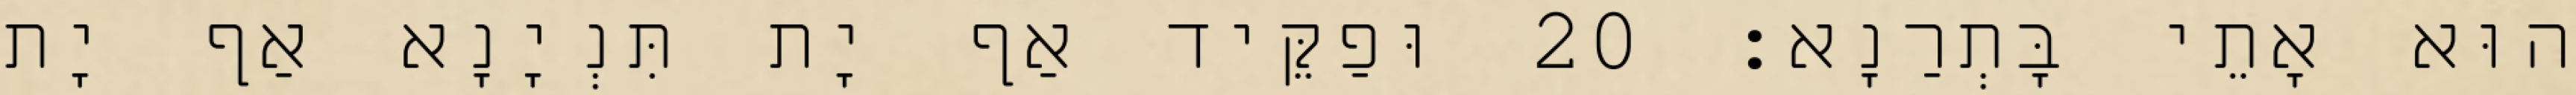
הוּא אָתֵי בָּתְרַנָא׃ 20 וּפַקֵּיד אַף יָת תִּנְיָנָא אַף יָת